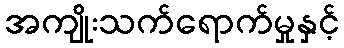
အကျိုးသက်ရောက်မှုနှင့်